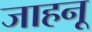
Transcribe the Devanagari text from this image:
जाहनू